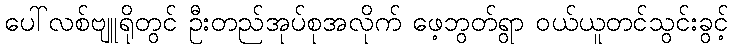
ပေါ်လစ်ဗျူရိုတွင် ဦးတည်အုပ်စုအလိုက် ဖေ့ဘွတ်ရွာ ဝယ်ယူတင်သွင်းခွင့်